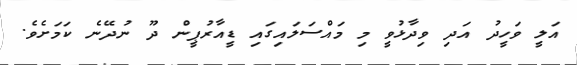
އަލީ ވަހީދު އަދި ވިދާޅުވީ މި މައްސަލައިގައި ޑީއާރުޕީން ދޫ ނުދޭނެ ކަމަށެވެ.